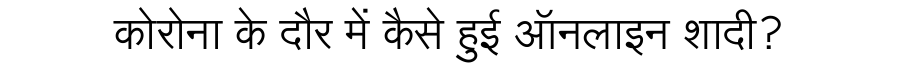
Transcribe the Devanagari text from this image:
कोरोना के दौर में कैसे हुई ऑनलाइन शादी?